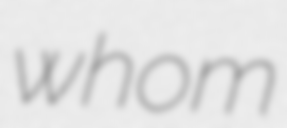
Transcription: whom